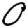
Digit: 0